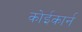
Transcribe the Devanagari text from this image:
कोईकार्न